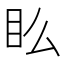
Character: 𥃼